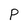
Character: P